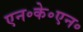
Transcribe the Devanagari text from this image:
एन॰के॰एन॰